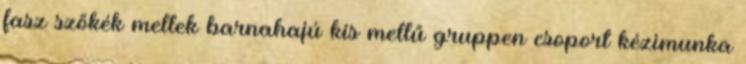
fasz szőkék mellek barnahajú kis mellű gruppen csoport kézimunka